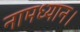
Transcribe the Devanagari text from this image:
नामध्यान।